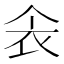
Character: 𫢚